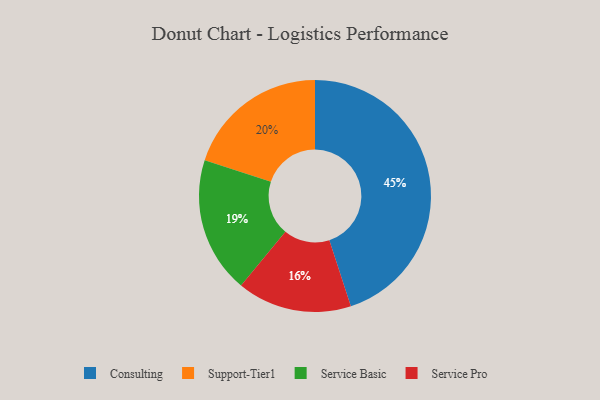
{"axis": {"x": "Category", "y": "Percentage"}, "legend": ["Consulting", "Service Basic", "Service Pro", "Support-Tier1"], "data": [{"x": "Support-Tier1", "y": 20, "type": "Support-Tier1"}, {"x": "Consulting", "y": 45, "type": "Consulting"}, {"x": "Service Basic", "y": 19, "type": "Service Basic"}, {"x": "Service Pro", "y": 16, "type": "Service Pro"}]}